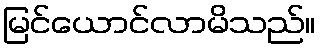
မြင်ယောင်လာမိသည်။